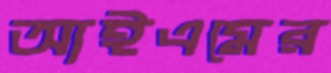
আইএমের